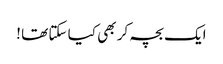
ایک بچہ کر بھی کیا سکتا تھا !